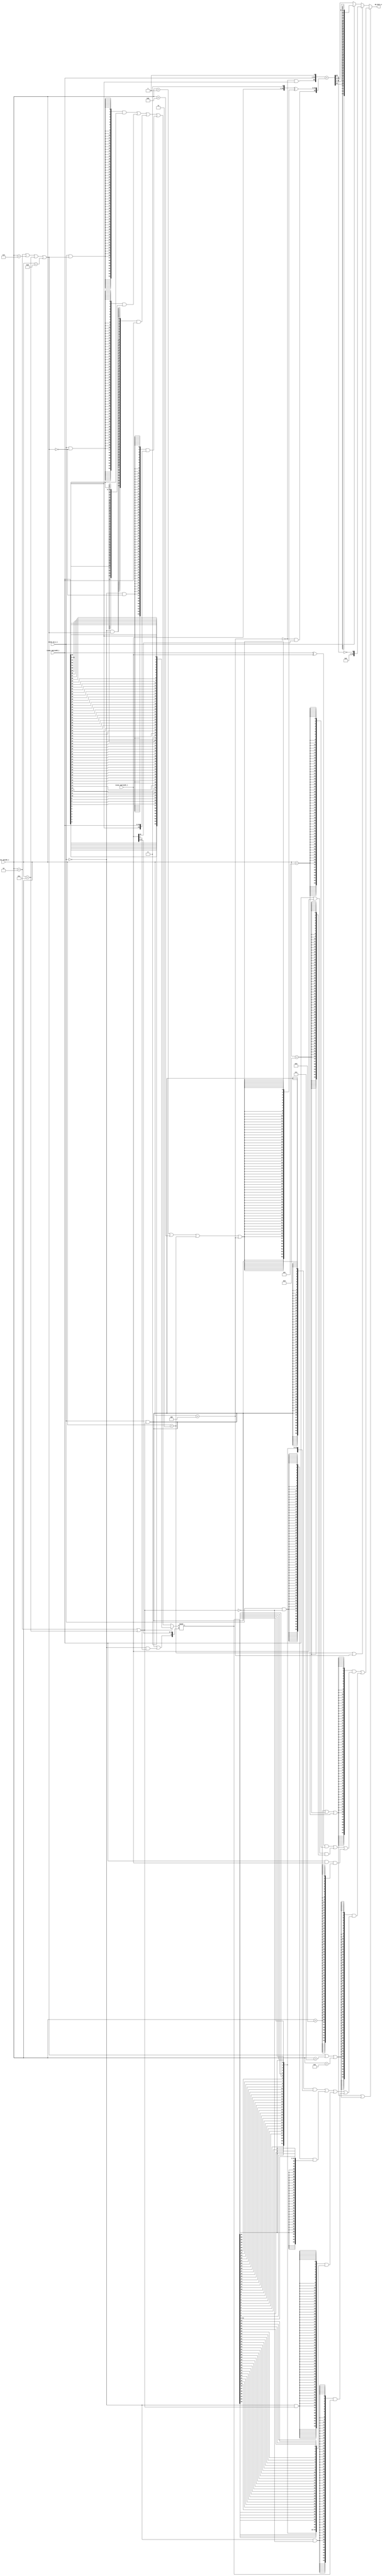
module rvh_l1d_alu (
	issue_opcode_i,
	issue_op_w_i,
	issue_operand0_i,
	issue_operand1_i,
	wb_data_o
);
	localparam [31:0] uop_encoding_pkg_ALU_OP_WIDTH = 4;
	input wire [3:0] issue_opcode_i;
	input wire issue_op_w_i;
	localparam [31:0] rvh_pkg_XLEN = 64;
	input wire [63:0] issue_operand0_i;
	input wire [63:0] issue_operand1_i;
	output wire [63:0] wb_data_o;
	wire is_slt_type;
	function automatic [3:0] sv2v_cast_8478D;
		input reg [3:0] inp;
		sv2v_cast_8478D = inp;
	endfunction
	assign is_slt_type = (issue_opcode_i == sv2v_cast_8478D(3)) | (issue_opcode_i == sv2v_cast_8478D(4));
	wire is_unsigned;
	wire is_sub;
	wire [65:0] adder_operand0;
	wire [65:0] adder_operand1;
	wire [rvh_pkg_XLEN:0] adder_operand1_comp;
	wire [rvh_pkg_XLEN:0] adder_result;
	wire adder_result_is_neg;
	assign is_sub = (((issue_opcode_i == sv2v_cast_8478D(1)) | (issue_opcode_i == sv2v_cast_8478D(11))) | (issue_opcode_i == sv2v_cast_8478D(3))) | (issue_opcode_i == sv2v_cast_8478D(4));
	assign is_unsigned = issue_opcode_i == sv2v_cast_8478D(4);
	assign adder_operand1_comp = {issue_operand1_i, 1'b0} ^ {65 {is_sub}};
	assign adder_operand0 = {~is_unsigned & issue_operand0_i[63], {issue_operand0_i[63:0]}, 1'b1};
	assign adder_operand1 = {~is_unsigned & issue_operand1_i[63], adder_operand1_comp};
	assign {adder_result_is_neg, adder_result} = adder_operand0 + adder_operand1;
	wire [63:0] add_rslt;
	function automatic [63:0] sv2v_cast_805AD;
		input reg [63:0] inp;
		sv2v_cast_805AD = inp;
	endfunction
	assign add_rslt = (is_slt_type ? {{63 {1'b0}}, ~adder_result_is_neg} : (issue_op_w_i ? sv2v_cast_805AD({{rvh_pkg_XLEN {adder_result[32]}}, adder_result[32:1]}) : adder_result[rvh_pkg_XLEN:1]));
	wire is_logic_shf;
	wire is_inv_shf;
	wire [63:0] rshf_data_inv;
	wire [rvh_pkg_XLEN:0] rshf_data_inv_fin;
	wire [rvh_pkg_XLEN:0] rshf_data_no_inv_fin;
	wire [rvh_pkg_XLEN:0] rshf_data;
	wire [rvh_pkg_XLEN:0] rshf_rslt;
	wire [63:0] rshf_rslt64_inv;
	wire [31:0] rshf_rslt32_inv;
	wire [5:0] rshf_amt;
	wire [63:0] shf_rslt;
	assign is_logic_shf = (((issue_opcode_i == sv2v_cast_8478D(2)) | (issue_opcode_i == sv2v_cast_8478D(6))) | (issue_opcode_i == sv2v_cast_8478D(12))) | (issue_opcode_i == sv2v_cast_8478D(13));
	assign is_inv_shf = (issue_opcode_i == sv2v_cast_8478D(2)) | (issue_opcode_i == sv2v_cast_8478D(12));
	genvar i;
	generate
		for (i = 0; i < rvh_pkg_XLEN; i = i + 1) begin : GEN_RSHF_DATA64_INV
			assign rshf_data_inv[i] = issue_operand0_i[63 - i];
			assign rshf_rslt64_inv[i] = rshf_rslt[63 - i];
		end
		for (i = 0; i < 32; i = i + 1) begin : GEN_RSHF_DATA32_INV
			assign rshf_rslt32_inv[i] = rshf_rslt[31 - i];
		end
	endgenerate
	assign rshf_amt = {(issue_op_w_i & is_inv_shf) | (~issue_op_w_i & issue_operand1_i[5]), issue_operand1_i[4:0]};
	assign rshf_data_inv_fin = {1'b0, rshf_data_inv};
	assign rshf_data_no_inv_fin = ((({65 {issue_op_w_i & is_logic_shf}} & {33'h000000000, issue_operand0_i[0+:32]}) | ({65 {issue_op_w_i & ~is_logic_shf}} & {{33 {issue_operand0_i[31]}}, issue_operand0_i[0+:32]})) | ({65 {~issue_op_w_i & is_logic_shf}} & {1'b0, issue_operand0_i})) | ({65 {~issue_op_w_i & ~is_logic_shf}} & {issue_operand0_i[63], issue_operand0_i});
	assign rshf_data = (is_inv_shf ? rshf_data_inv_fin : rshf_data_no_inv_fin);
	assign rshf_rslt = $signed(rshf_data) >>> rshf_amt;
	assign shf_rslt = ((({rvh_pkg_XLEN {issue_op_w_i & is_inv_shf}} & {{32 {rshf_rslt32_inv[31]}}, rshf_rslt32_inv[0+:32]}) | ({rvh_pkg_XLEN {issue_op_w_i & ~is_inv_shf}} & {{32 {rshf_rslt[31]}}, rshf_rslt[0+:32]})) | ({rvh_pkg_XLEN {~issue_op_w_i & is_inv_shf}} & rshf_rslt64_inv)) | ({rvh_pkg_XLEN {~issue_op_w_i & ~is_inv_shf}} & rshf_rslt[63:0]);
	wire is_or;
	wire is_and;
	wire is_xor;
	wire [63:0] result_xor;
	wire [63:0] result_and;
	wire [63:0] result_or;
	wire [63:0] logic_rslt;
	assign is_or = issue_opcode_i == sv2v_cast_8478D(8);
	assign is_and = issue_opcode_i == sv2v_cast_8478D(9);
	assign is_xor = issue_opcode_i == sv2v_cast_8478D(5);
	assign result_xor = issue_operand0_i ^ issue_operand1_i;
	assign result_and = issue_operand0_i & issue_operand1_i;
	assign result_or = issue_operand0_i | issue_operand1_i;
	assign logic_rslt = ((result_xor & {rvh_pkg_XLEN {is_xor}}) | (result_or & {rvh_pkg_XLEN {is_or}})) | (result_and & {rvh_pkg_XLEN {is_and}});
	wire is_add_type;
	wire is_shf_type;
	wire is_logic_type;
	assign is_logic_type = ((issue_opcode_i == sv2v_cast_8478D(9)) | (issue_opcode_i == sv2v_cast_8478D(8))) | (issue_opcode_i == sv2v_cast_8478D(5));
	assign is_shf_type = (is_logic_shf | (issue_opcode_i == sv2v_cast_8478D(7))) | (issue_opcode_i == sv2v_cast_8478D(14));
	assign is_add_type = ~(is_logic_type | is_shf_type);
	assign wb_data_o = (is_add_type ? add_rslt : ({rvh_pkg_XLEN {is_logic_type}} & logic_rslt) | ({rvh_pkg_XLEN {is_shf_type}} & shf_rslt));
endmodule